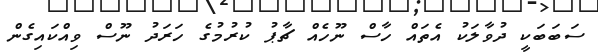
ސަބަބަކީ ދުވާލަކު އެތައް ހާސް ނޫހެއް ޗާޕު ކުރުމުގެ ހަރަދު ނޫސް ވިއްކައިގެން